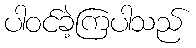
ပါဝင်ခဲ့ကြပါသည်